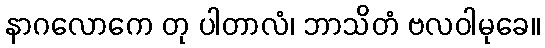
နာဂလောကေ တု ပါတာလံ၊ ဘာသိတံ ဗလဝါမုခေ။